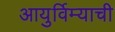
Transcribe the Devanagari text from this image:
आयुर्विम्याची